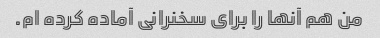
من هم آنها را برای سخنرانی آماده کرده ام.